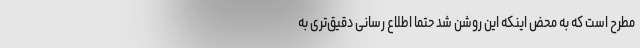
مطرح است که به محض اینکه این روشن شد حتماً اطلاع رسانی دقیق‌تری به